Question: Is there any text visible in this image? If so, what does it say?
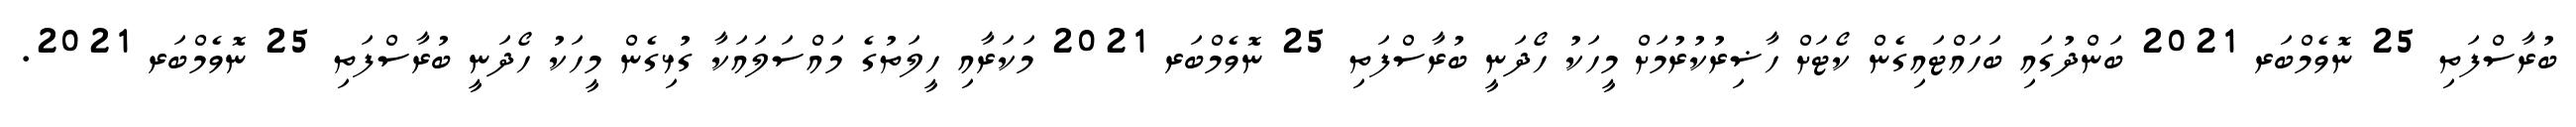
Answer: ބުރާސްފަތި 25 ނޮވެމްބަރ 2021 ބަންދުގައި ބަހައްޓައިގެން ކޯޓަށް ހާޟިރުކުރުމަށް މީހަކު ހޯދަނީ ބުރާސްފަތި 25 ނޮވެމްބަރ 2021 މަކަރާއި ހީލަތުގެ މައްސަލައަކާ ގުޅިގެން މީހަކު ހޯދަނީ ބުރާސްފަތި 25 ނޮވެމްބަރ 2021.